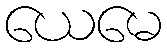
ယေမေ